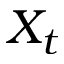
X _ { t }